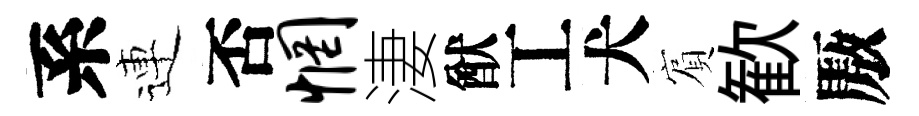
系連否惘淒猷工犬賔歓厫